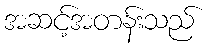
အဆင့်အတန်းသည်